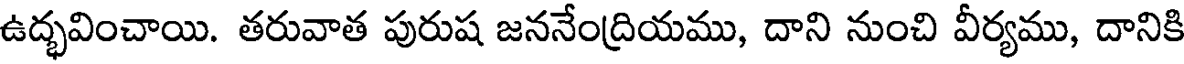
ఉద్భవించాయి. తరువాత పురుష జననేంద్రియము, దాని నుంచి వీర్యము, దానికి